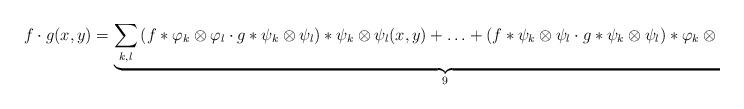
LaTeX: \begin{align*}f\cdot g(x, y)= \underbrace{\sum_{k,l} \left( f \ast \varphi_k \otimes \varphi_l \cdot g \ast \psi_k \otimes \psi_l \right)\ast \psi_k \otimes \psi_l(x, y) +\ldots + \left( f \ast \psi_k \otimes \psi_l \cdot g \ast \psi_k \otimes \psi_l \right)\ast \varphi_k \otimes \varphi_l(x, y).}_{ 9 }\end{align*}